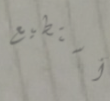
أستطيع